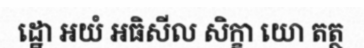
ដ្ឋោ អយំ អធិសីល សិក្ខា យោ តត្ថ